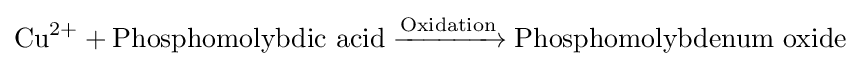
\mathrm {Cu} ^{2+}+\mathrm {Phosphomolybdic\ acid} \xrightarrow {\mathrm {Oxidation} } \mathrm {Phosphomolybdenum\ oxide}